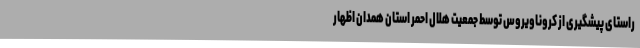
راستای پیشگیری از کروناویروس توسط جمعیت هلال احمر استان همدان اظهار